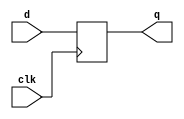
/* A D flip-flop is a circuit that stores a bit and is updated periodically, at the (usually) positive edge of a clock signal.
D flip-flops are created by the logic synthesizer when a clocked always block is used (See alwaysblock2).
A D flip-flop is the simplest form of "blob of combinational logic followed by a flip-flop" where the combinational logic portion is just a wire. */

module top_module (
    input clk,    // Clocks are used in sequential circuits
    input d,
    output reg q );
    
  always @(posedge clk) q=d;

endmodule